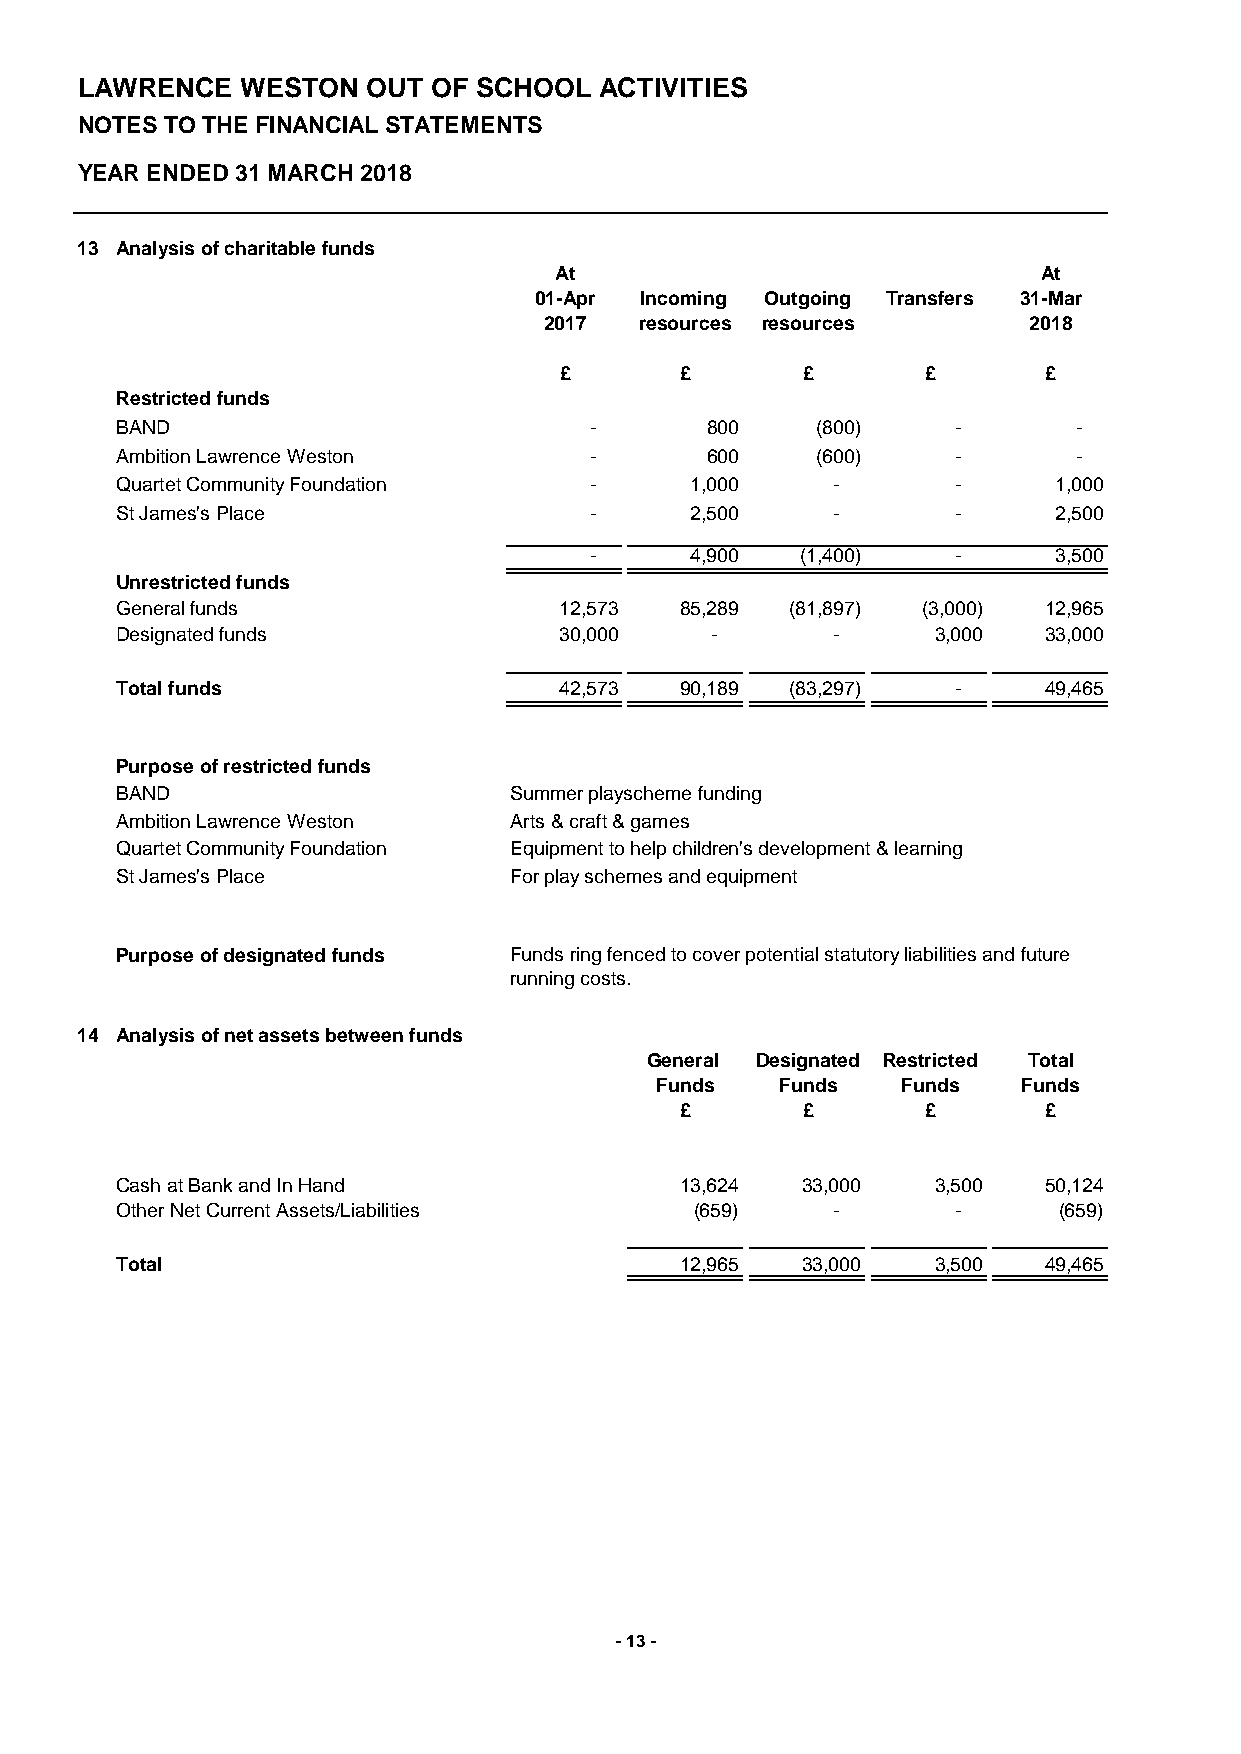
LAWRENCE   WESTON  OUT  OF SCHOOL  ACTIVITIES
 NOTES TO THE FINANCIAL STATEMENTS
 YEAR ENDED 31 MARCH 2018
 13 Analysis of charitable funds
 At                              At
 01-Apr Incoming Outgoing Transfers 31-Mar
 2017  resources resources       2018
 £       £       £       £       £
 Restricted funds
 BAND                           -       800    (800)    -       -
 Ambition Lawrence Weston       -       600    (600)    -       -
 Quartet Community Foundation   -      1,000    -       -      1,000
 St James's Place               -      2,500    -       -      2,500
 -      4,900  (1,400)   -      3,500
 Unrestricted funds
 General funds                12,573  85,289 (81,897) (3,000) 12,965
 Designated funds             30,000    -       -      3,000  33,000
 Total funds                  42,573  90,189 (83,297)   -     49,465
 Purpose of restricted funds
 BAND                      Summer playscheme funding
 Ambition Lawrence Weston  Arts & craft & games
 Quartet Community Foundation Equipment to help children's development & learning
 St James's Place          For play schemes and equipment
 Purpose of designated funds Funds ring fenced to cover potential statutory liabilities and future
 running costs.
 14 Analysis of net assets between funds
 General Designated Restricted Total
 Funds    Funds   Funds   Funds
 £       £       £       £
 Cash at Bank and In Hand             13,624  33,000   3,500  50,124
 Other Net Current Assets/Liabilities  (659)    -       -      (659)
 Total                                12,965  33,000   3,500  49,465
 - 13 -